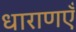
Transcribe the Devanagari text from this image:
धाराणएँ